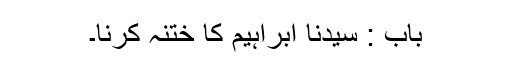
باب : سیدنا ابراہیمؑ کا ختنہ کرنا۔